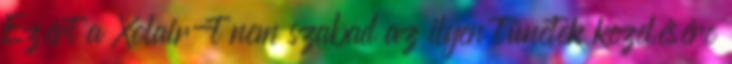
Ezért a Xolair-t nem szabad az ilyen tünetek kezelésére